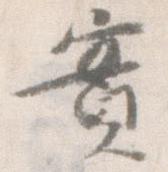
実